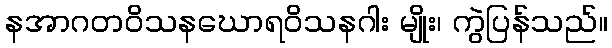
နအာဂတဝိသနဃောရဝိသနဂါး မျိုး၊ ကွဲပြန်သည်။